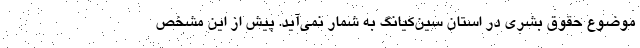
موضوع حقوق بشری در استان سین‌کیانگ به شمار نمی‌آید. پیش از این مشخص